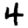
Digit: 4